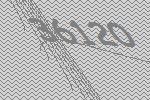
36120